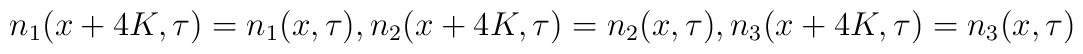
n_1(x+4K,\tau)=n_1(x,\tau),n_2(x+4K,\tau)=n_2(x,\tau),n_3(x+4K,\tau)=n_3(x,\tau)